Code of medical and sanitary regulations for the guidance of medical officers serving in the Madras Presidency - Volume II
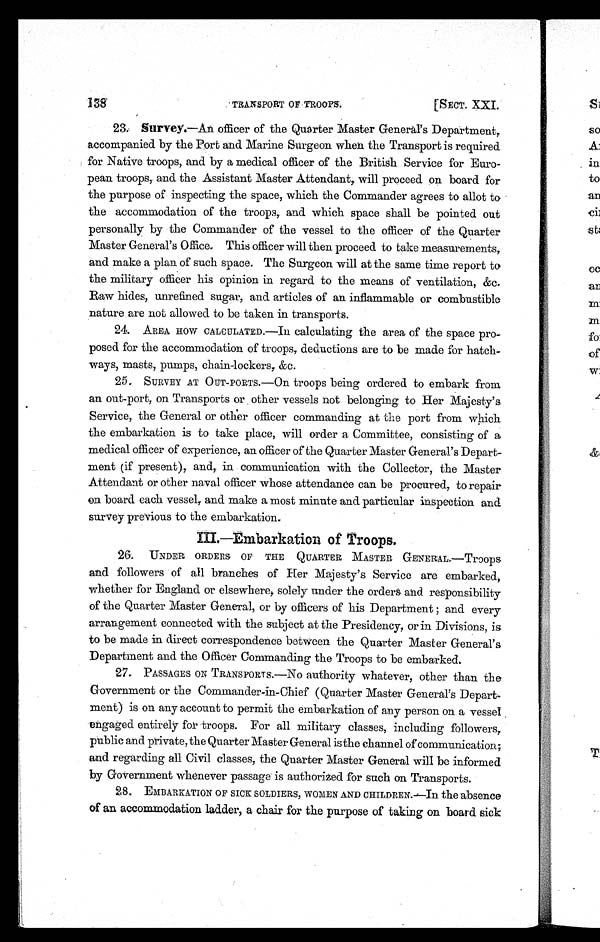
138
[SECT. XXI.
TRANSPORT OF TROOPS.
23. Survey.—An. officer of the Quarter Master General's Department,
accompanied by the Port and Marine Surgeon when the Transport is required
for Native troops, and by a medical officer of the British Service for Euro
-pean troops, and the Assistant Master Attendant, will proceed on board for
the purpose of inspecting, the space, which the Commander agrees to allot to
the accommodation of the troops, and which space shall be pointed out
personally by the Commander of the vessel to the officer of the Quarter
Master General's Office. This officer will then proceed to take measurements,
and make a plan of such space. The Surgeon will at the same time report to
the military officer his opinion in regard to the means of ventilation, &c.
Raw hides, unrefined sugar, and articles of an inflammable or combustible
nature are not allowed to be taken in transports.
24.
AREA HOW CALCULATED.—In calculating the area of the space pro
-posed for the accommodation of troops, deductions are to be made for hatch-
ways, masts, pumps, chain-lockers, &c.
25.
SURVEY AT OUT-PORTS.—On troops being ordered to embark from
an out-port, on Transports or other vessels not belonging to Her Majesty's.
Service, the General or other officer commanding at the port from which
the embarkation is to take place, will order a Committee, consisting of a
medical officer of experience, an officer of the Quarter Master General's Depart
-ment (if present), and,. in communication with the Collector, the Master
Attendant or other naval officer whose attendance can be procured, to repair
on board each vessel, and make a most minute and particular inspection and
survey previous to the embarkation.
I I I . — E m b a r k a t i o n o f t r o o p s .
26.
UNDER ORDERS OF THE QUARTER MASTER GENERAL—Troops
and followers of all branches of Her Majesty's Service are embarked,
whether for England or elsewhere, solely under the orders and responsibility
of the Quarter Master General, or by officers of his Department; and every
arrangement connected with the subject at the Presidency, or in Divisions, is
to be made in direct correspondence between the Quarter Master General's
Department and the Officer Commanding the Troops to be embarked.
27. PASSAGES ON TRANSPORTS.—NO authority whatever, other than the
Government or the Commander-in-Chief (Quarter Master General's Depart.
meat) is on any account to permit the embarkation of any person on a vessel
engaged entirely for troops. For all military classes, including followers,
public and private, the Quarter Master General is the channel of communication;
and regarding all Civil classes, the Quarter Master General will be informed
by Government whenever passage is authorized for such on Transports.
28. EMBARKATION OF SICK SOLDIERS, WOMEN AND CHILDREN.—In the absence
of an accommodation ladder, a chair for the purpose of taking on board sick